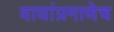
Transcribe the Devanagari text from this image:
वाघांप्रमाणेच